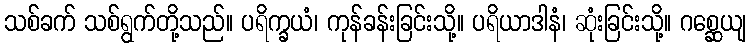
သစ်ခက် သစ်ရွက်တို့သည်။ ပရိက္ခယံ၊ ကုန်ခန်းခြင်းသို့။ ပရိယာဒါနံ၊ ဆုံးခြင်းသို့။ ဂစ္ဆေယျ